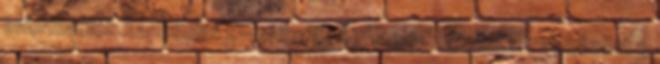
információk Kapcsolat E-mail cím: Termékek között Hírek között 3